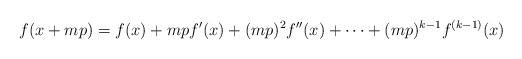
LaTeX: \begin{align*} f(x + mp) = f(x) + mpf'(x) + (mp)^2f''(x) + \cdots + (mp)^{k-1}f^{(k-1)}(x)\end{align*}